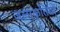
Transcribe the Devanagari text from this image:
जलाकृतियों